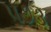
૫૭૩